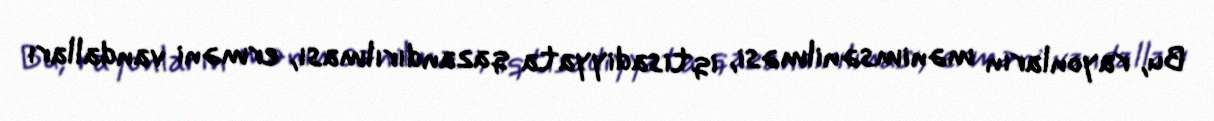
Bu, rayonların mənimsənilməsi, iqtisadiyyata qazandırılması, erməni vandalları